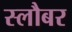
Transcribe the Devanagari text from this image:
स्लौबर